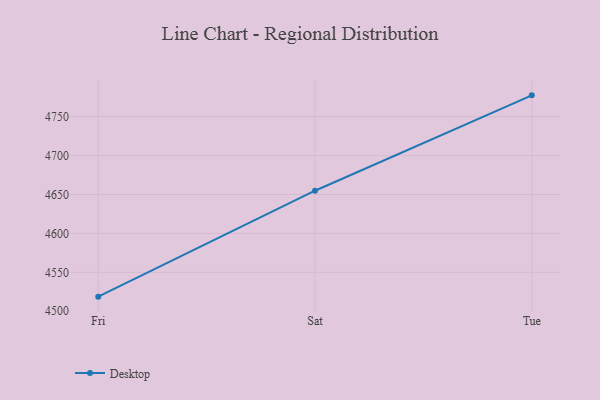
{"axis": {"x": "Day", "y": "Bounce Rate (%)"}, "legend": ["Desktop"], "data": [{"x": "Fri", "y": 4518.8, "type": "Desktop"}, {"x": "Sat", "y": 4654.9, "type": "Desktop"}, {"x": "Tue", "y": 4777.4, "type": "Desktop"}]}